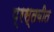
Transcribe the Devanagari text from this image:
प्रस्तवीत